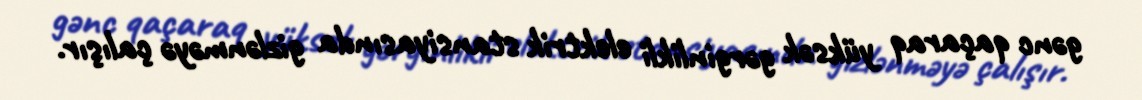
gənc qaçaraq yüksək gərginlikli elektrik stansiyasında gizlənməyə çalışır.